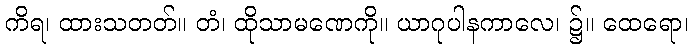
ကိရ၊ ထားသတတ်။ တံ၊ ထိုသာမဏေကို။ ယာဂုပါနကာလေ၊ ၌။ ထေရော၊